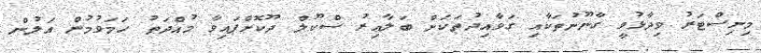
މިނިސްޓަރު ވިދާޅުވީ ގާނޫނުތަކާއި ގަވާއިދުތަކަށް ބަލާއިރު ސްކޫލް ދޫކޮށްފައިވާ މުއްދަތު ހަމަވުމުން އަލުން